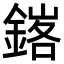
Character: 𨩟